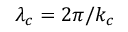
{ \lambda _ { c } = 2 \pi / k _ { c } }